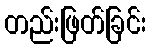
တည်းဖြတ်ခြင်း